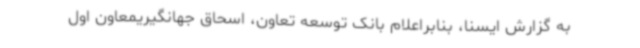
به گزارش ایسنا، بنابراعلام بانک توسعه تعاون، اسحاق جهانگیریمعاون اول